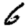
Digit: 6